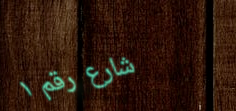
شارع رقم ١